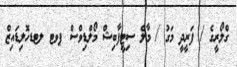
ގްލޯރީގެ / ފަރީދީ މަގު / މާލެ ސިޓީފާބިޝް މޯލްޑިވްސް ޕވޓ ލޓޑހޮލިޑައިޒް